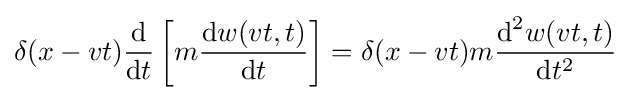
\delta (x-vt){\frac {\mbox{d}}{{\mbox{d}}t}}\left[m{\frac {{\mbox{d}}w(vt,t)}{{\mbox{d}}t}}\right]=\delta (x-vt)m{\frac {{\mbox{d}}^{2}w(vt,t)}{{\mbox{d}}t^{2}}}\